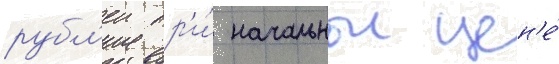
рубл'еи пр'и́ начальнои цен'е́